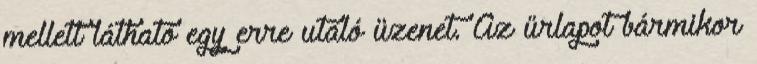
mellett látható egy erre utaló üzenet. Az űrlapot bármikor